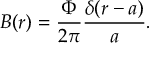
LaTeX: B ( r ) = \displaystyle \frac { \Phi } { 2 \pi } \displaystyle \frac { \delta ( r - a ) } { a } .